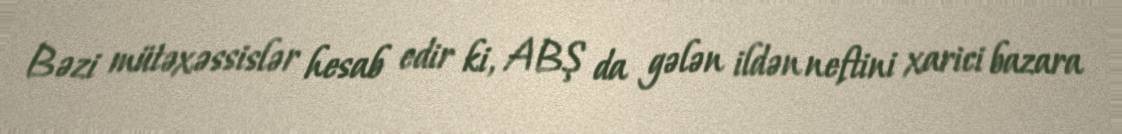
Bəzi mütəxəssislər hesab edir ki, ABŞ da gələn ildən neftini xarici bazara